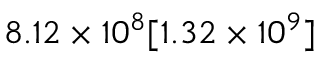
8 . 1 2 \times 1 0 ^ { 8 } [ 1 . 3 2 \times 1 0 ^ { 9 } ]